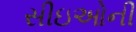
સીઇઓની